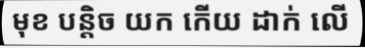
មុខ បន្តិច យក កើយ ដាក់ លើ